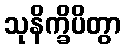
သုနိက္ခိပိတွာ